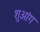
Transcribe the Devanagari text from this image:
शुआंग